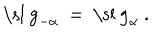
LaTeX: \mathrm { \ s l ~ g } _ { - \alpha } ~ = ~ \mathrm { \ s l ~ g } _ { \alpha } ~ .